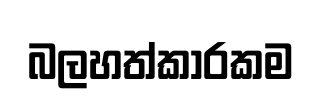
බලහත්කාරකම